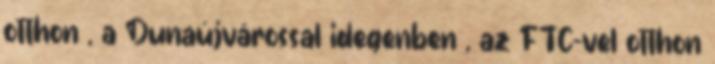
otthon , a Dunaújvárossal idegenben , az FTC-vel otthon